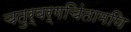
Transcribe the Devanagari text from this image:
चतुर्वर्गचिंतामणि